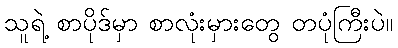
သူရဲ့ စာပိုဒ်မှာ စာလုံးမှားတွေ တပုံကြီးပဲ။